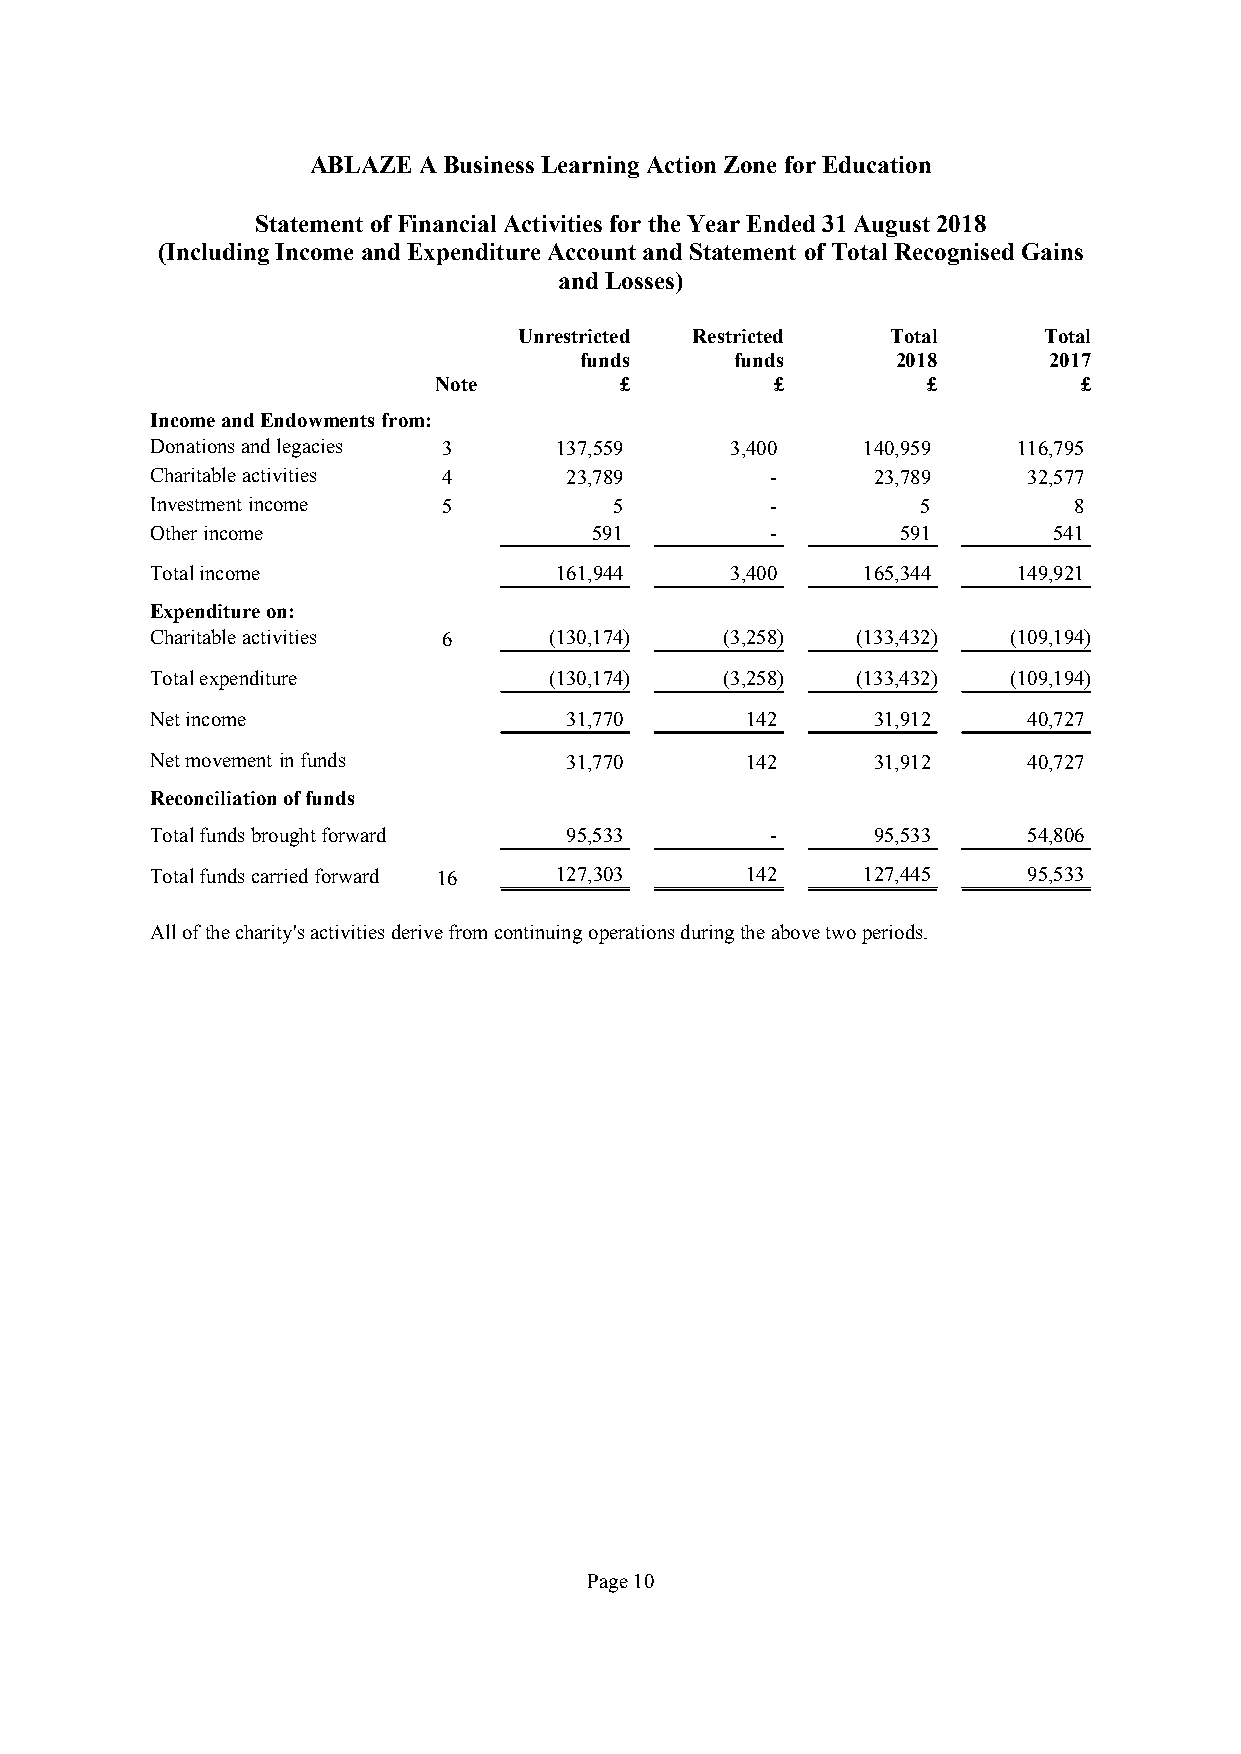
ABLAZE  ABusinessLearning Action Zone forEducation
 Statement of Financial ActivitiesfortheYear Ended31August2018
 (IncludingIncome andExpenditureAccountandStatement ofTotal Recognised Gains
 and Losses)
 Unrestricted Restricted  Total     Total
 funds      funds     2018      2017
 Note        £         £         £          £
 IncomeandEndowmentsfrom:
 Donationsandlegacies 3     137,559    3,400    140,959   116,795
 Charitableactivities 4     23,789        -      23,789    32,577
 Investmentincome   5           5         -         5         8
 Otherincome                  591         -        591       541
 Totalincome                161,944    3,400    165,344   149,921
 Expenditureon:
 Charitableactivities 6    (130,174)   (3,258)  (133,432) (109,194)
 Totalexpenditure          (130,174)   (3,258)  (133,432) (109,194)
 Netincome                  31,770      142      31,912    40,727
 Netmovement infunds        31,770      142      31,912    40,727
 Reconciliationoffunds
 Totalfundsbroughtforward   95,533        -      95,533    54,806
 Totalfundscarriedforward 16 127,303    142     127,445    95,533
 Allofthecharity'sactivitiesderivefromcontinuingoperationsduringtheabovetwoperiods.
 Page10